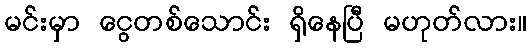
မင်းမှာ ငွေတစ်သောင်း ရှိနေပြီ မဟုတ်လား။